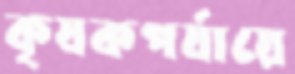
কৃষকপর্যায়ে